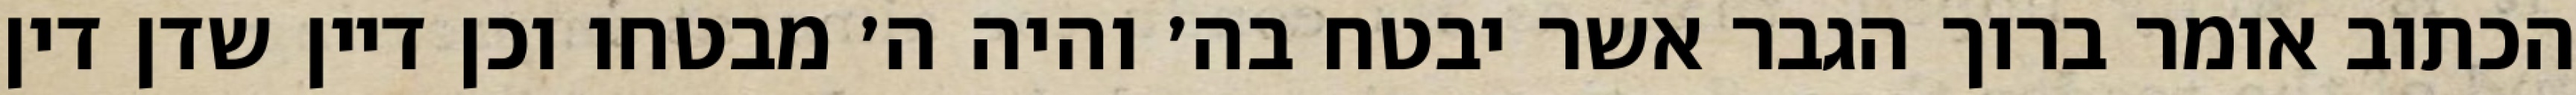
הכתוב אומר ברוך הגבר אשר יבטח בה׳ והיה ה׳ מבטחו וכן דיין שדן דין